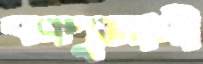
বরপুজারী